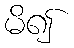
မိ၍